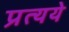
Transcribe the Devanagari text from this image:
प्रत्यये